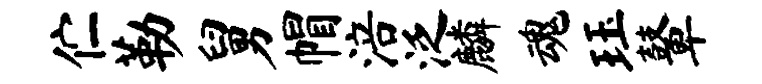
伫勒舅帽涪泛麟魂珏鼙